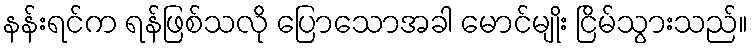
နန်းရင်က ရန်ဖြစ်သလို ပြောသောအခါ မောင်မျိုး ငြိမ်သွားသည်။